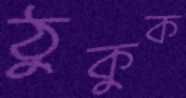
ঠুকুক